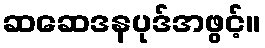
ဆဆေဒနပုဒ်အဖွင့်။